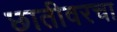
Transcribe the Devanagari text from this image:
छातीवरचा